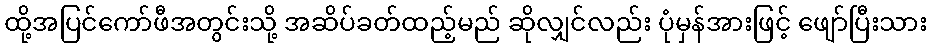
ထို့အပြင်ကော်ဖီအတွင်းသို့ အဆိပ်ခတ်ထည့်မည် ဆိုလျှင်လည်း ပုံမှန်အားဖြင့် ဖျော်ပြီးသား